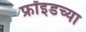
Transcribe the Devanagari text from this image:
फ्रॉइडच्या